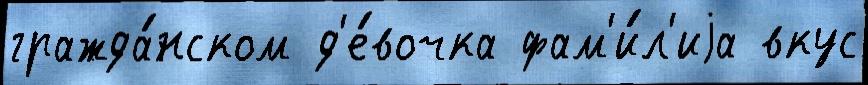
гражда́нском д'е́вочка фам'и́л'иjа вкус